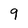
Character: 9